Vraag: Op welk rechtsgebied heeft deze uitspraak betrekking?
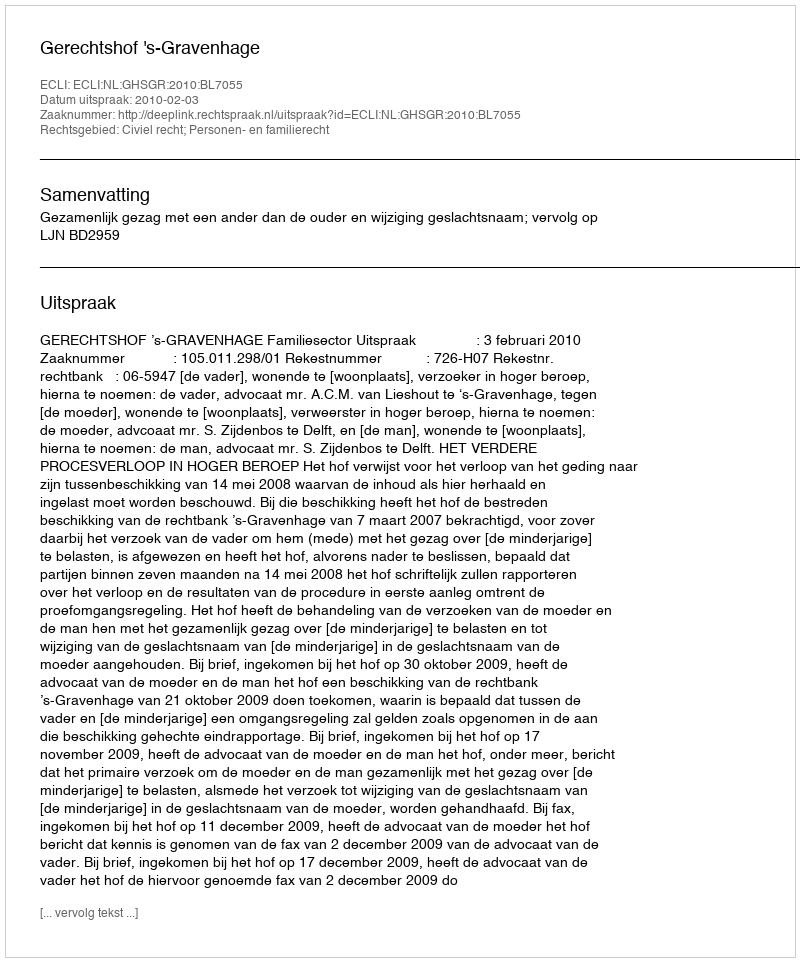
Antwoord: Civiel recht; Personen- en familierecht